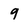
Character: g